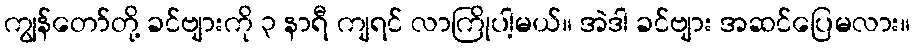
ကျွန်တော်တို့ ခင်ဗျားကို ၃ နာရီ ကျရင် လာကြိုပါ့မယ်။ အဲဒါ ခင်ဗျား အဆင်ပြေမလား။